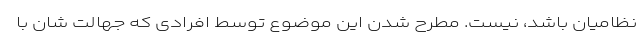
نظامیان باشد، نیست. مطرح شدن این موضوع توسط افرادی که جهالت شان با